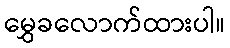
မွှေခလောက်ထားပါ။